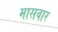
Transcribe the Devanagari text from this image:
मासवार